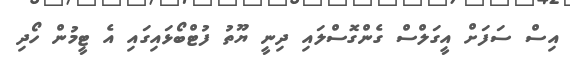
އިސް ސަފަށް އީގަލްސް ގެންގޮސްލައި ދިނީ ޔޫތު ފުޓްބޯޅައިގައި އެ ޓީމުން ހޯދި